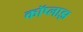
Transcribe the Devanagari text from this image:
कॉप्लाझ